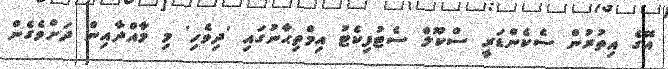
އޭގެ އިތުރުން ސެކެންޑަރީ ސްކޫލް ސެޓުފިކެޓު އިމްތިޙާނުގައި 'ދިވެހި' މި މާއްދާއިން ދަށްވެގެން